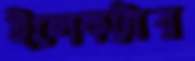
ইলেকট্রার